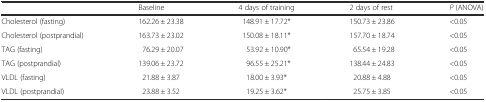
<table><thead><tr><td></td><td><b>Baseline</b></td><td><b>4 days of training</b></td><td><b>2 days of rest</b></td><td><b><i>P</i> (ANOVA)</b></td></tr></thead><tbody><tr><td>Cholesterol (fasting)</td><td>162.26 ± 23.38</td><td>148.91 ± 17.72*</td><td>150.73 ± 23.86</td><td>&lt;0.05</td></tr><tr><td>Cholesterol (postprandial)</td><td>163.73 ± 23.02</td><td>150.08 ± 18.11*</td><td>157.70 ± 18.74</td><td>&lt;0.05</td></tr><tr><td>TAG (fasting)</td><td>76.29 ± 20.07</td><td>53.92 ± 10.90*</td><td>65.54 ± 19.28</td><td>&lt;0.05</td></tr><tr><td>TAG (postprandial)</td><td>139.06 ± 23.72</td><td>96.55 ± 25.21*</td><td>138.44 ± 24.83</td><td>&lt;0.05</td></tr><tr><td>VLDL (fasting)</td><td>21.88 ± 3.87</td><td>18.00 ± 3.93*</td><td>20.88 ± 4.88</td><td>&lt;0.05</td></tr><tr><td>VLDL (postprandial)</td><td>23.88 ± 3.52</td><td>19.25 ± 3.62*</td><td>25.75 ± 3.85</td><td>&lt;0.05</td></tr></tbody></table>